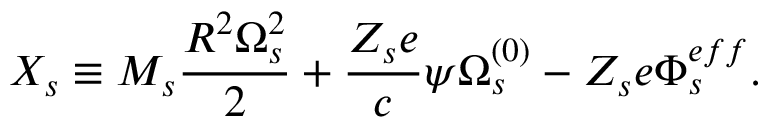
X _ { s } \equiv M _ { s } \frac { R ^ { 2 } \Omega _ { s } ^ { 2 } } { 2 } + \frac { Z _ { s } e } { c } \psi \Omega _ { s } ^ { \left( 0 \right) } - Z _ { s } e \Phi _ { s } ^ { e f f } .